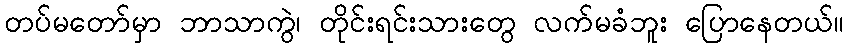
တပ်မတော်မှာ ဘာသာကွဲ၊ တိုင်းရင်းသားတွေ လက်မခံဘူး ပြောနေတယ်။